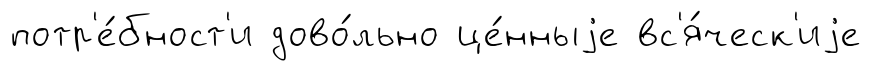
потр'е́бност'и дово́льно це́нныjе вс'я́ческ'иjе